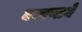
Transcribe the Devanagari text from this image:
कारणानें